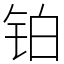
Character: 铂